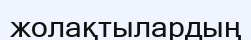
жолақтылардың